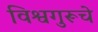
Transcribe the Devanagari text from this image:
विश्वगुरूचे